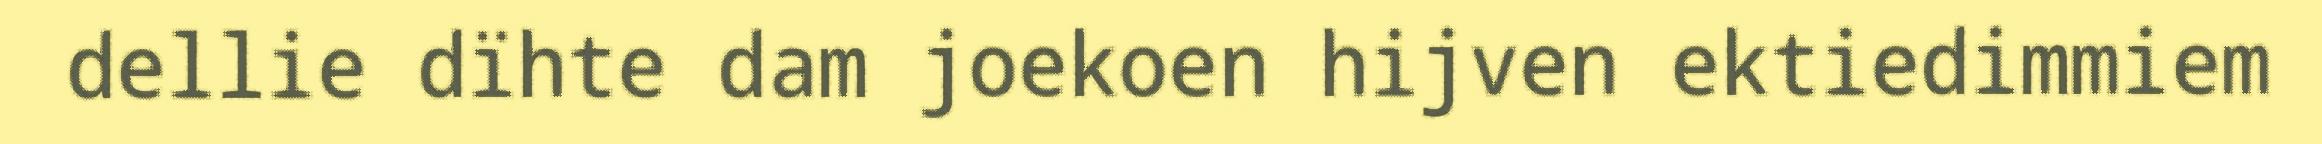
dellie dïhte dam joekoen hijven ektiedimmiem